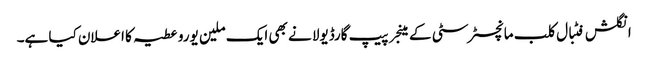
انگلش فٹبال کلب مانچسٹر سٹی کے مینجر پیپ گارڈیولا نے بھی ایک ملین یورو عطیہ کا اعلان کیا ہے۔